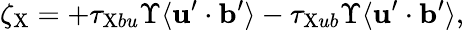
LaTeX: \zeta_{\mathrm{{X}}}=+\tau_{\mathrm{{X}}bu}\Upsilon\langle{{\mathbf{u}}^{\prime}\cdot{\mathbf{b}}^{\prime}}\rangle-\tau_{\mathrm{{X}}ub}\Upsilon\langle{{\mathbf{u}}^{\prime}\cdot{\mathbf{b}}^{\prime}}\rangle,